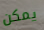
يمكن